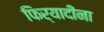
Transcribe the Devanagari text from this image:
फिर्यादींना